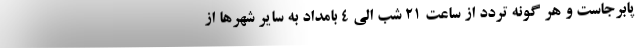
پابرجاست و هر گونه تردد از ساعت ۲۱ شب الی ۴ بامداد به سایر شهرها از